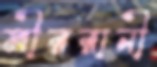
মীররানী